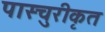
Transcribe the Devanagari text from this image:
पास्चुरीकृत